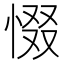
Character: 惙